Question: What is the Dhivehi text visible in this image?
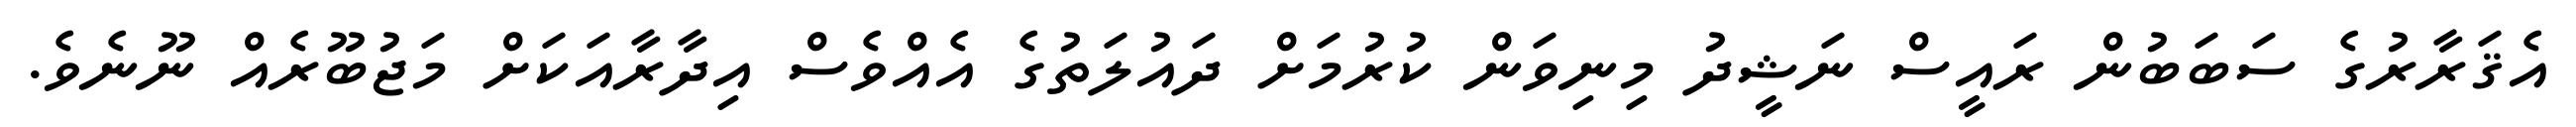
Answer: އެޤަރާރުގެ ސަބަބުން ރައީސް ނަޝީދު މިނިވަން ކުރުމަށް ދައުލަތުގެ އެއްވެސް އިދާރާއަކަށް މަޖުބޫރެއް ނޫނެވެ.